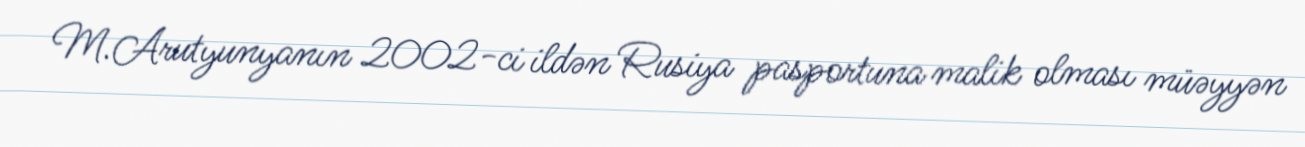
M.Arutyunyanın 2002-ci ildən Rusiya pasportuna malik olması müəyyən